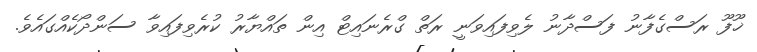
ޚޫފޫ ރަސްގެފާނު ފަސްދާނު ލެވިފައިވަނީ ރަތް ގްރެނައިޓް އިން ތައްޔާރު ކުރެވިފައިވާ ސަންދޯކެއްގައެވެ.